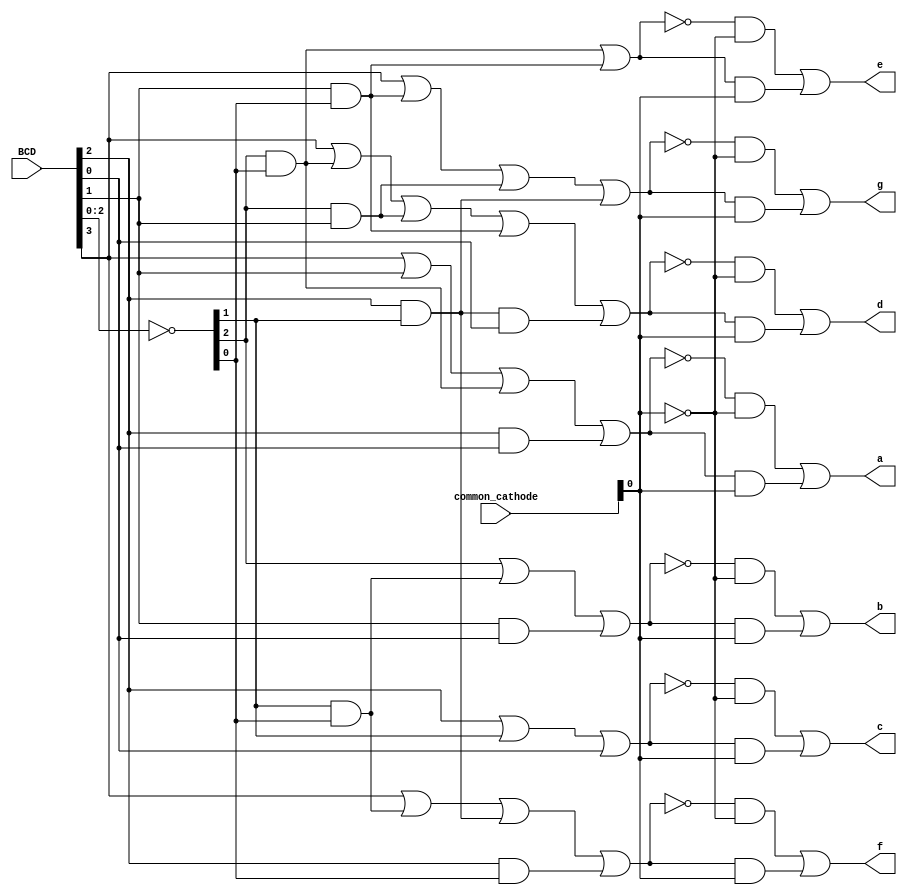
module bcd27seg (output a, b, c, d, e, f, g, input [3:0] BCD, common_cathode);
wire nB2nB0, B2B0, nB1nB0, B1B0, nB2B1, B1nB0, B2nB1, B2nB0, B2nB1B0;
wire [3:0] nBCD;
wire ncommon_cathode;
wire A, nA, B, nB, C, nC, D, nD, E, nE, F, nF, G, nG;
wire X0, Y0, X1, Y1, X2, Y2, X3, Y3, X4, Y4, X5, Y5, X6, Y6;
  
not (nBCD, BCD);
not(ncommon_cathode, common_cathode);
and (B2nB1B0, BCD[2], nBCD[1], BCD[0]);
and (nB2nB0, nBCD[2], nBCD[0]);
and (nB1nB0, nBCD[1], nBCD[0]);
and (nB2B1, nBCD[2], BCD[1]);
and (B2nB1, BCD[2], nBCD[1]);
and (B2nB0, BCD[2], nBCD[0]);
and (B1nB0, BCD[1], nBCD[0]);
and (B2B0, BCD[2], BCD[0]);
and (B1B0, BCD[1], BCD[0]);
  
or (A, BCD[3], BCD[1], nB2nB0, B2B0);
not(nA, A);
or (B, nBCD[2], nB1nB0 , B1B0);
not(nB, B);
or (C, BCD[2], nBCD[1], BCD[0]);
not(nC, C);
or (D, BCD[3], nB2nB0 , nB2B1 , B1nB0, B2nB1B0);
not(nD, D);
or (E, nB2nB0 , B1nB0);
not(nE, E);
or (F, BCD[3], nB1nB0 , B2nB1, B2nB0);
not(nF, F);
or (G, BCD[3], B1nB0 , nB2B1 , B2nB1);
not(nG, G);

and(X0, nA, ncommon_cathode);
and(Y0, A, common_cathode);
or(a, X0, Y0);
and(X1, nB, ncommon_cathode);
and(Y1, B, common_cathode);
or(b, X1, Y1);
and(X2, nC, ncommon_cathode);
and(Y2, C, common_cathode);
or(c, X2, Y2);
and(X3, nD, ncommon_cathode);
and(Y3, D, common_cathode);
or(d, X3, Y3);
and(X4, nE, ncommon_cathode);
and(Y4, E, common_cathode);
or(e, X4, Y4);
and(X5, nF, ncommon_cathode);
and(Y5, F, common_cathode);
or(f, X5, Y5);
and(X6, nG, ncommon_cathode);
and(Y6, G, common_cathode);
or(g, X6, Y6);
endmodule